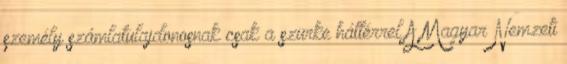
személy számlatulajdonosnak csak a szürke háttérrel A Magyar Nemzeti